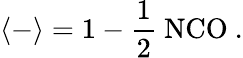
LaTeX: \langle-\rangle=1-\frac{1}{2}~\mathrm{NCO}~.